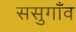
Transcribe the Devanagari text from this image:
ससुगाँव